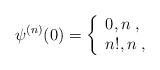
LaTeX: \begin{align*}{\psi ^{(n)}}(0) = \left\{ {\begin{array}{*{20}{l}}{0,n\;{},}\\{n!,n\;{},}\end{array}} \right.\end{align*}